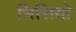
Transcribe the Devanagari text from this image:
भित्तियो